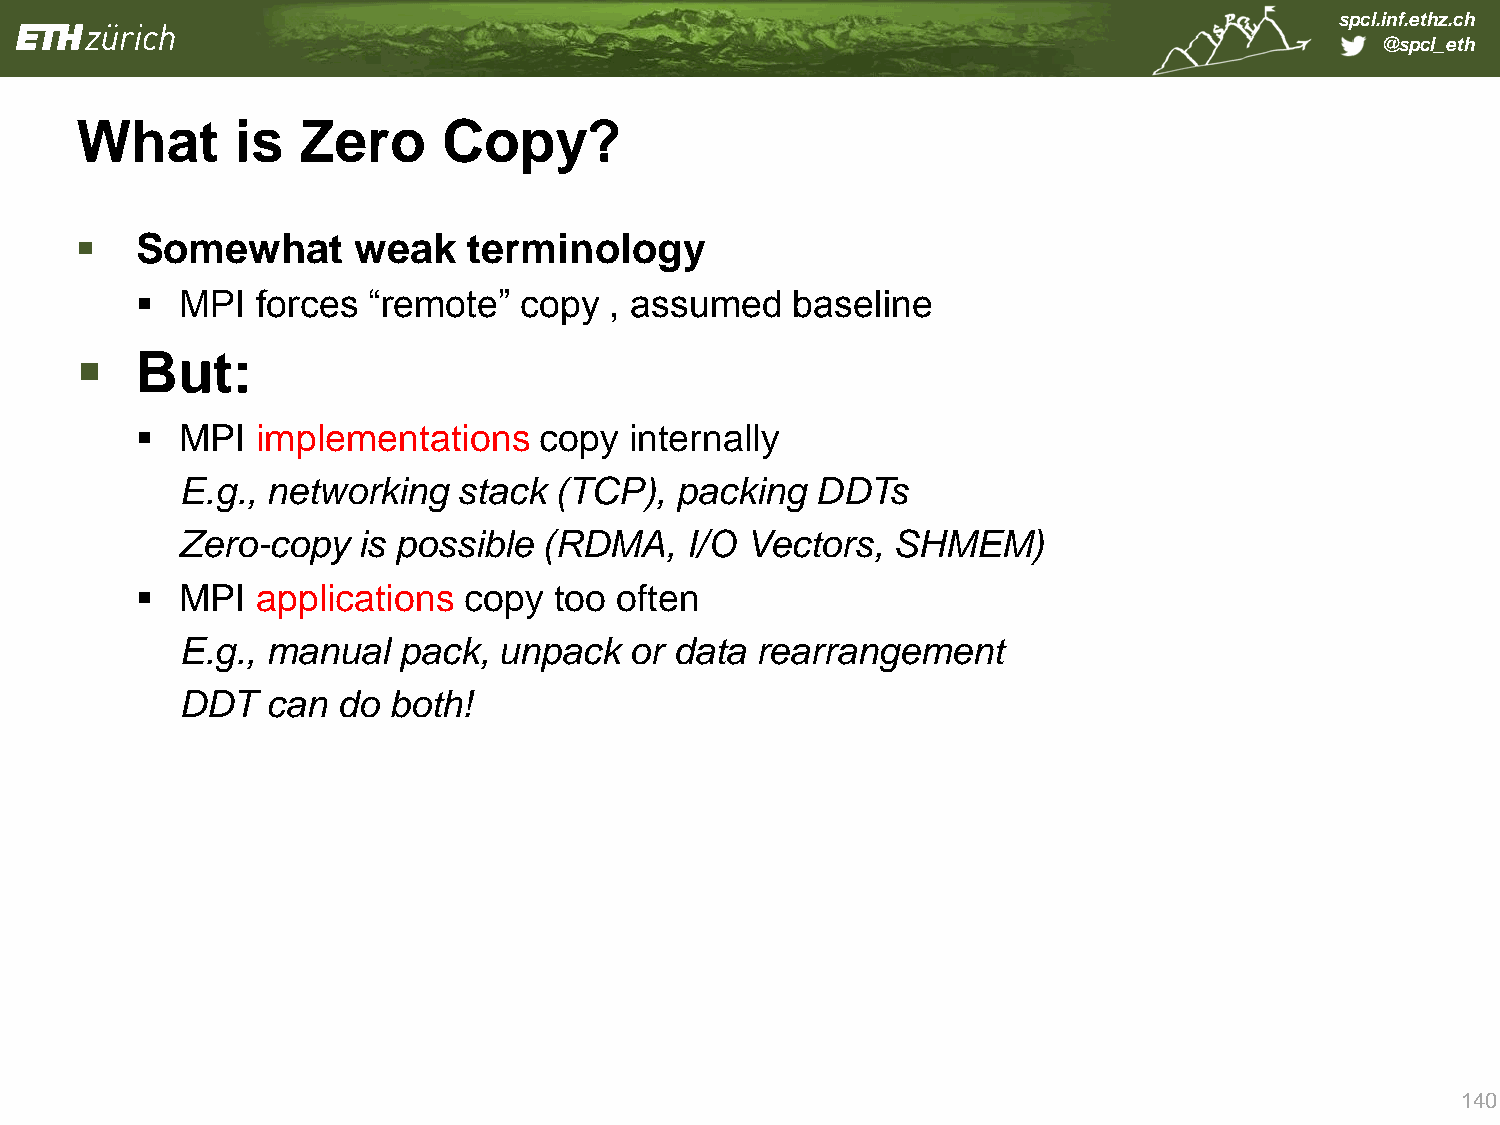
spcl.inf.ethz.ch
 @spcl_eth
 What       is  Zero     Copy?
    Somewhat       weak   terminology
   MPI  forces “remote”  copy  , assumed   baseline
    But:
   MPI  implementations    copy  internally
 E.g., networking  stack  (TCP),  packing  DDTs
 Zero-copy   is possible (RDMA,   I/O Vectors,  SHMEM)
   MPI  applications  copy  too often
 E.g., manual  pack,  unpack   or data rearrangement
 DDT   can do  both!
 140